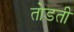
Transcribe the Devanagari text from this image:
तोडती